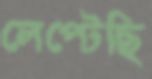
লেপ্‌টেছি